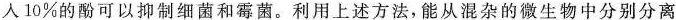
人10%的酚可以抑制细菌和霉菌。利用上述方法，能从混杂的微生物中分别分离